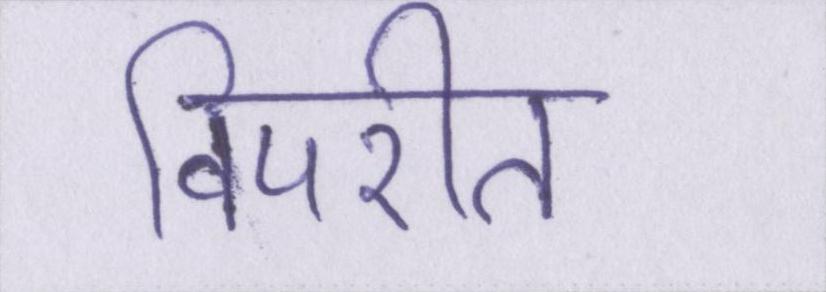
विपरीत